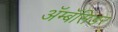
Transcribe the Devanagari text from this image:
अॅम्बॅसिडर